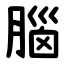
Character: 腦